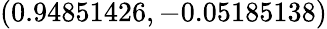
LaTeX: (0.94851426,-0.05185138)